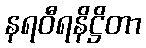
နရဝီရနိဋ္ဌိတာ